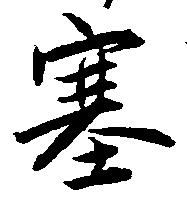
塞